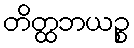
တိတ္ထဘယဉ္စ